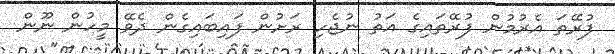
ފުރޭތަ އެރުމުން ފުރޭތައިގެ އަތު ނުޖެހި ރަށުން ފައިބައިގެން ދެވޭ މީހުން ނޫން